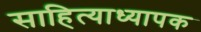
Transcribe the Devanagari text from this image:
साहित्याध्यापक